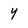
Character: y